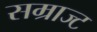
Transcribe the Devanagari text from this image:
सम्राज्ट